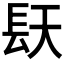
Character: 𮸤